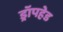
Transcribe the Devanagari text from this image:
ड्रॉपहेड